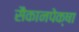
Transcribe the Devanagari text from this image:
सैकानपेक्षा